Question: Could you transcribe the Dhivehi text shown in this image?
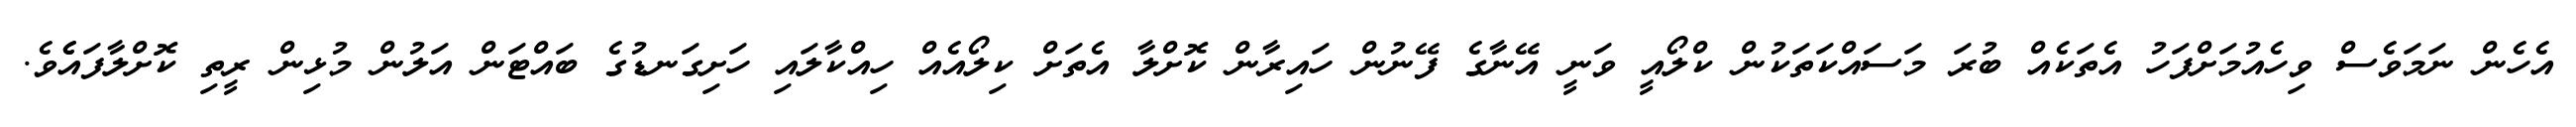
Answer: އެހެން ނަމަވެސް ވިހެއުމަށްފަހު އެތަކެއް ބުރަ މަސައްކަތަކުން ކްލޯއީ ވަނީ އޭނާގެ ފޭނުން ހައިރާން ކޮށްލާ އެތަށް ކިލޯއެއް ހިއްކާލައި ހަށިގަނޑުގެ ބައްޓަން އަލުން މުޅިން ރީތި ކޮށްލާފައެެވެ.